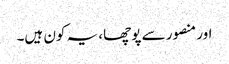
اور منصور سے پوچھا، یہ کون ہیں۔